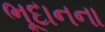
ભૂદાનના